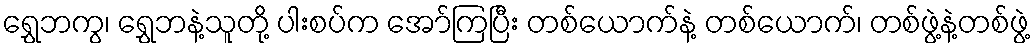
ရွှေဘကွ၊ ရွှေဘနဲ့သူတို့ ပါးစပ်က အော်ကြပြီး တစ်ယောက်နဲ့ တစ်ယောက်၊ တစ်ဖွဲ့နဲ့တစ်ဖွဲ့